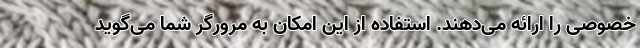
خصوصی را ارائه می‌دهند. استفاده از این امکان به مرورگر شما می‌گوید